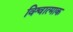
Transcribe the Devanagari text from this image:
विश्वात्माक